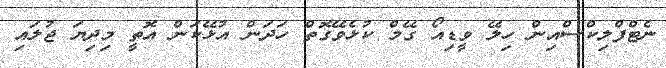
ނެޓްފްލިކްސްއިން ހިލޭ ވީޑިއޯ ގޭމް ކުޅެވޭގޮތް ހަދަން އުޅޭކަން އޮތީ މިދިޔަ ޖުލައި